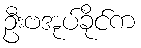
ဦးဗအုပ်ခိုင်က